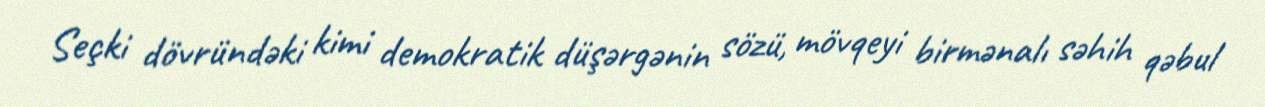
Seçki dövründəki kimi demokratik düşərgənin sözü, mövqeyi birmənalı səhih qəbul